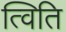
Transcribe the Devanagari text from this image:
त्विति